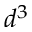
d ^ { 3 }